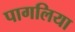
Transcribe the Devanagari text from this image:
पागलिया